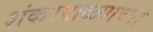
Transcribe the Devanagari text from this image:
शंकरपाळ्याच्या